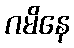
ဂမိနေ